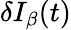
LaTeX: \delta I_{\beta}(t)